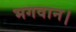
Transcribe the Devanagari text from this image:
भगवान।